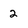
Character: 2